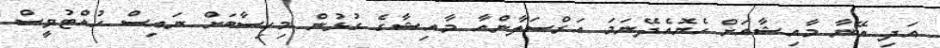
އަދި އޭނާ މާއިޝާއަށް ހެޔޮއެދޭނަމަ އަރްސަލާންއާ މާއިޝާގެ ގުޅުން މިހިސާބަށް ނައިސް ހުއްޓުވީސް